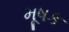
મૂષક